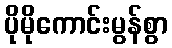
ပိုမိုကောင်းမွန်စွာ